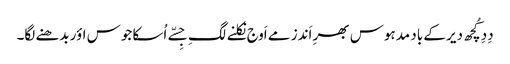
دِدِ کُچھ دیر کے باد مدہوس بھرِ اَندز مے اَوج نِکلنے لگِ جِسّے اُسکا جوس اؤر بدھنے لگا۔